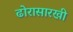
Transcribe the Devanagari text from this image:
ढोरासारखी